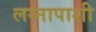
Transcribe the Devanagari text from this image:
लग्नापाशी